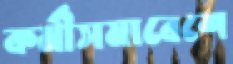
কর্মীসমাবেশে